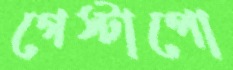
গেস্টাপো